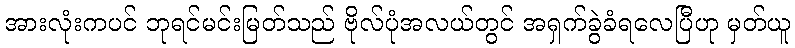
အားလုံးကပင် ဘုရင်မင်းမြတ်သည် ဗိုလ်ပုံအလယ်တွင် အရှက်ခွဲခံရလေပြီဟု မှတ်ယူ